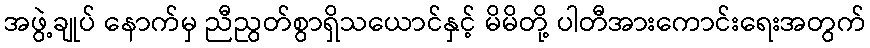
အဖွဲ့ချုပ် နောက်မှ ညီညွတ်စွာရှိသယောင်နှင့် မိမိတို့ ပါတီအားကောင်းရေးအတွက်